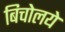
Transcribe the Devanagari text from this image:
बिचोलये